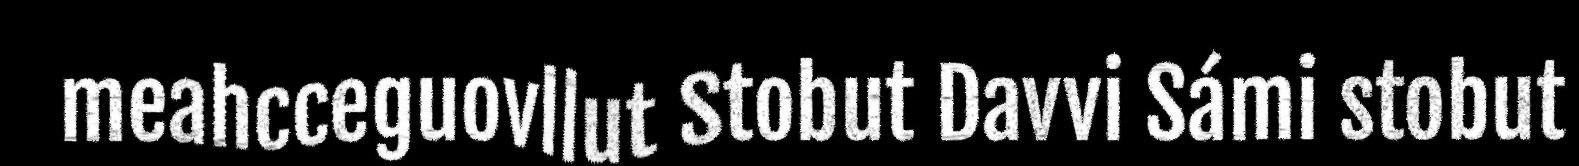
meahcceguovllut Stobut Davvi Sámi stobut